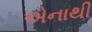
એનાથી